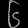
Digit: ၆